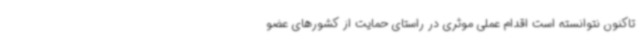
تاکنون نتوانسته است اقدام عملی موثری در راستای حمایت از کشورهای عضو